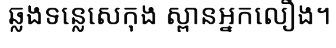
ឆ្លងទន្លេសេកុង ស្ពានអ្នកលឿង។